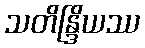
သတိန္ဒြိယဿ